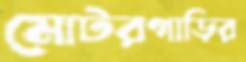
মোটরগাড়ির